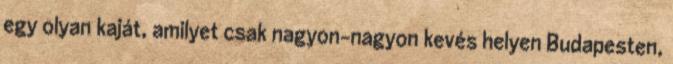
egy olyan kaját, amilyet csak nagyon-nagyon kevés helyen Budapesten,